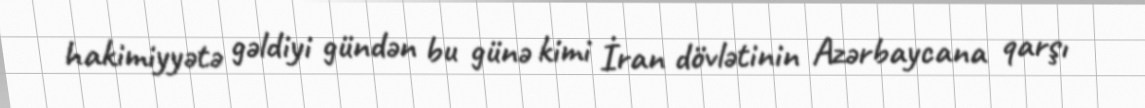
hakimiyyətə gəldiyi gündən bu günə kimi İran dövlətinin Azərbaycana qarşı